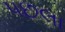
પછલા